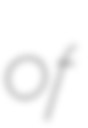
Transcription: of